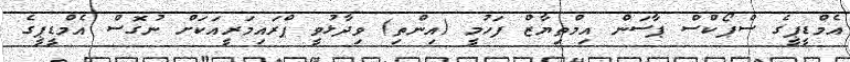
އެމްޑީޕީގެ ސްޕޯކްސް ޕާސަން އިމްތިޔާޒް ފަހުމީ (އިންތި) ވިދާޅުވީ ޕްރައިމަރީއަކަށް ނުގޮސް އެމްޑީޕީގެ